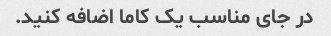
در جای مناسب یک کاما اضافه کنید.